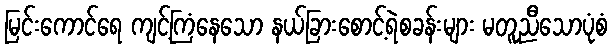
မြင်းကောင်ရေ ကျင့်ကြံနေသော နယ်ခြားစောင့်ရဲစခန်းများ မတူညီသောပုံစံ